Indian journal of veterinary science and animal husbandry - Volume 14,
Year: 1944
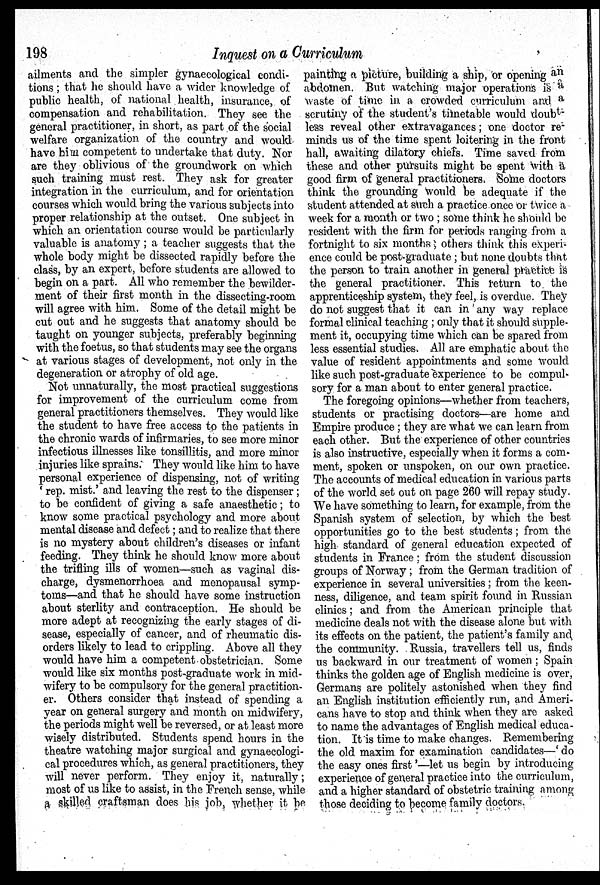
198
Inquest on a Curriculum
ailments and the simpler gynaecological condi-
tions; that he should have a wider knowledge of
public health, of national health, insurance, of
compensation and rehabilitation. They see the
general practitioner, in short, as part of the social
welfare organization of the country and would
have him competent to undertake that duty. Nor
are they oblivious of the groundwork on which
such training must rest. They ask for greater
integration in the curriculum, and for orientation
courses which would bring the various subjects into
proper relationship at the outset. One subject in
which an orientation course would be particularly
valuable is anatomy; a teacher suggests that the
whole body might be dissected rapidly before the
class, by an expert, before students are allowed to
begin on a part. All who remember the bewilder-
ment of their first month in the dissecting-room
will agree with him. Some of the detail might be
cut out and he suggests that anatomy should be
taught on younger subjects, preferably beginning
with the foetus, so that students may see the organs
at various stages of development, not only in the
degeneration or atrophy of old age.
Not unnaturally, the most practical suggestions
for improvement of the curriculum come from
general practitioners themselves. They would like
the student to have free access to the patients in
the chronic wards of infirmaries, to see more minor
infectious illnesses like tonsillitis, and more minor
injuries like sprains. They would like him to have
personal experience of dispensing, not of writing
'rep. mist.' and leaving the rest to the dispenser;
to be confident of giving a safe anaesthetic; to
know some practical psychology and more about
mental disease and defect; and to realize that there
is no mystery about children's diseases or infant
feeding. They think he should know more about
the trifling ills of women—such as vaginal dis-
charge, dysmenorrhoea and menopausal symp-
toms—and that he should have some instruction
about sterlity and contraception. He should be
more adept at recognizing the early stages of di-
sease, especially of cancer, and of rheumatic dis-
orders likely to lead to crippling. Above all they
would have him a competent obstetrician. Some
would like six months post-graduate work in mid-
wifery to be compulsory for the general practition-
er. Others consider that instead of spending a
year on general surgery and month on midwifery,
the periods might well be reversed, or at least more
wisely distributed. Students spend hours in the
theatre watching major surgical and gynaecologi-
cal procedures which, as general practitioners, they
will never perform. They enjoy it, naturally;
most of us like to assist, in the French sense, while
a skilled craftsman does his job, whether it be
painting a picture, building a ship, or opening an
abdomen. But watching major operations is a
waste of time in a crowded curriculum and a
scrutiny of the student's timetable would doubt-
less reveal other extravagances; one doctor re-
minds us of the time spent loitering in the front
hall awaiting dilatory chiefs. Time saved from
these and other pursuits might be spent with a
good firm of general practitioners. Some doctors
think the grounding would be adequate if the
student attended at such a practice once or twice a
week for a month or two; some think he should be
resident with the firm for periods ranging from a
fortnight to six months ; others think this experi-
ence could be post-graduate; but none doubts that
the person to train another in general practice is
the general practitioner. This return to the
apprenticeship system, they feel, is overdue. They
do not suggest that it can in any way replace
formal clinical teaching; only that it should supple-
ment it, occupying time which can be spared from
less essential studies. All are emphatic about the
value of resident appointments and some would
like such post-graduate experience to be compul-
sory for a man about to enter general practice.
The foregoing opinions—whether from teachers,
students or practising doctors—are home and
Empire produce; they are what we can learn from
each other. But the experience of other countries
is also instructive, especially when it forms a com-
ment, spoken or unspoken, on our own practice.
The accounts of medical education in various parts
of the world set out on page 260 will repay study.
We have something to learn, for example, from the
Spanish system of selection, by which the best
opportunities go to the best students; from the
high standard of general education expected of
students in France; from the student discussion
groups of Norway; from the German tradition of
experience in several universities; from the keen-
ness, diligence, and team spirit found in Russian
clinics; and from the American principle that
medicine deals not with the disease alone but with
its effects on the patient, the patient's family and
the community. Russia, travellers tell us, finds
us backward in our treatment of women; Spain
thinks the golden age of English medicine is over,
Germans are politely astonished when they find
an English institution efficiently run, and Ameri-
cans have to stop and think when they are asked
to name the advantages of English medical educa-
tion. It is time to make changes. Remembering
the old maxim for examination candidates—'do
the easy ones first'—let us begin by introducing
experience of general practice into the curriculum,
and a higher standard of obstetric training among
those deciding to become family doctors.